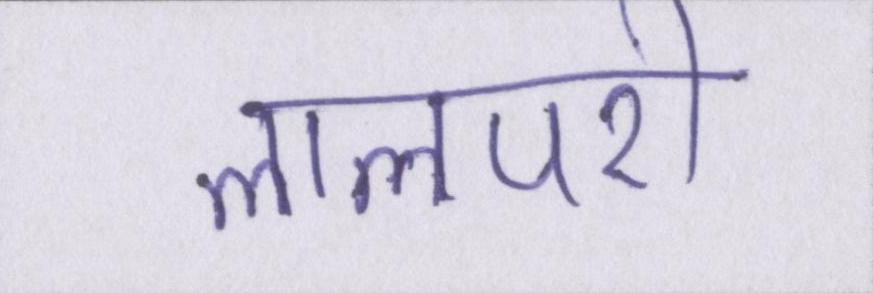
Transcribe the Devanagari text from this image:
लालपरी